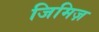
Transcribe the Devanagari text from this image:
जिमिज़